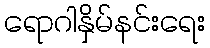
ရောဂါနှိမ်နင်းရေး